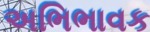
અભિભાવક